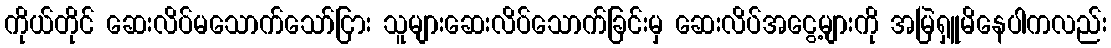
ကိုယ်တိုင် ဆေးလိပ်မသောက်သော်ငြား သူများဆေးလိပ်သောက်ခြင်းမှ ဆေးလိပ်အငွေ့များကို အမြဲရှူမိနေပါကလည်း